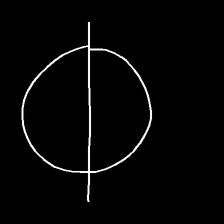
Glyph: orb